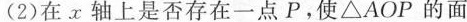
(2)在 x 轴上是否存在一点P，使△AOP的面